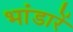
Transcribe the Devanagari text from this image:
भांडारें